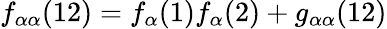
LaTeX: f_{\alpha\alpha}(12)=f_{\alpha}(1)f_{\alpha}(2)+g_{\alpha\alpha}(12)